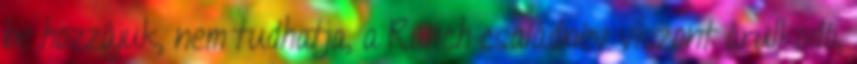
be hozzájuk, nem tudhatja, a Ranch családnév viszont árulkodó,